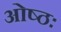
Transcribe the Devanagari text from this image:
ओष्ठः